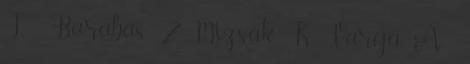
T. , Barabás Z., Mizsák K. Varga Á. ,